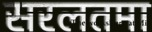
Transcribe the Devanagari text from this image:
सरलतमा